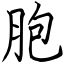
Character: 胞